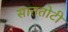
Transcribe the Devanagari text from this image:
साततोटी